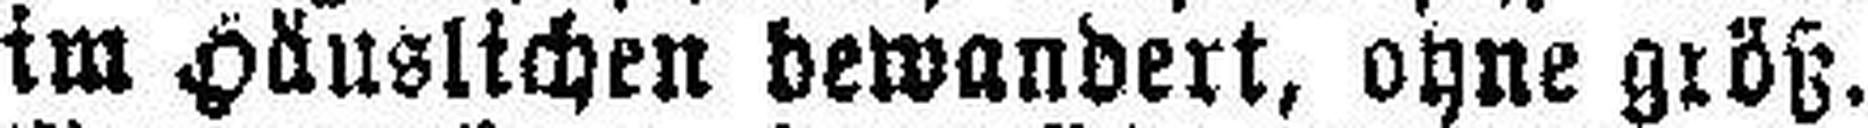
im Häuslichen bewandert, ohne größ.